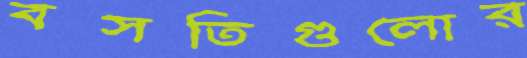
বসতিগুলোর